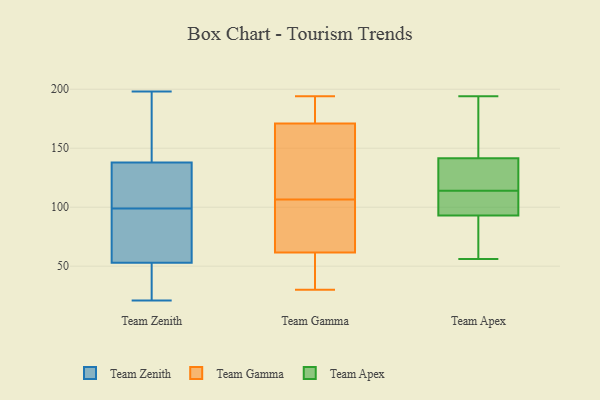
{"axis": {"x": "Bounce Rate (%)", "y": "Value"}, "legend": ["Team Apex", "Team Gamma", "Team Zenith"], "data": [{"x": "", "y": 112, "type": "Team Zenith"}, {"x": "", "y": 155, "type": "Team Zenith"}, {"x": "", "y": 198, "type": "Team Zenith"}, {"x": "", "y": 76, "type": "Team Zenith"}, {"x": "", "y": 121, "type": "Team Zenith"}, {"x": "", "y": 195, "type": "Team Zenith"}, {"x": "", "y": 175, "type": "Team Zenith"}, {"x": "", "y": 92, "type": "Team Zenith"}, {"x": "", "y": 56, "type": "Team Zenith"}, {"x": "", "y": 50, "type": "Team Zenith"}, {"x": "", "y": 103, "type": "Team Zenith"}, {"x": "", "y": 38, "type": "Team Zenith"}, {"x": "", "y": 43, "type": "Team Zenith"}, {"x": "", "y": 48, "type": "Team Zenith"}, {"x": "", "y": 110, "type": "Team Zenith"}, {"x": "", "y": 95, "type": "Team Zenith"}, {"x": "", "y": 156, "type": "Team Zenith"}, {"x": "", "y": 60, "type": "Team Zenith"}, {"x": "", "y": 21, "type": "Team Zenith"}, {"x": "", "y": 116, "type": "Team Zenith"}, {"x": "", "y": 92, "type": "Team Gamma"}, {"x": "", "y": 116, "type": "Team Gamma"}, {"x": "", "y": 167, "type": "Team Gamma"}, {"x": "", "y": 58, "type": "Team Gamma"}, {"x": "", "y": 160, "type": "Team Gamma"}, {"x": "", "y": 58, "type": "Team Gamma"}, {"x": "", "y": 80, "type": "Team Gamma"}, {"x": "", "y": 65, "type": "Team Gamma"}, {"x": "", "y": 176, "type": "Team Gamma"}, {"x": "", "y": 49, "type": "Team Gamma"}, {"x": "", "y": 124, "type": "Team Gamma"}, {"x": "", "y": 135, "type": "Team Gamma"}, {"x": "", "y": 175, "type": "Team Gamma"}, {"x": "", "y": 185, "type": "Team Gamma"}, {"x": "", "y": 53, "type": "Team Gamma"}, {"x": "", "y": 30, "type": "Team Gamma"}, {"x": "", "y": 194, "type": "Team Gamma"}, {"x": "", "y": 183, "type": "Team Gamma"}, {"x": "", "y": 97, "type": "Team Gamma"}, {"x": "", "y": 76, "type": "Team Gamma"}, {"x": "", "y": 92, "type": "Team Apex"}, {"x": "", "y": 56, "type": "Team Apex"}, {"x": "", "y": 144, "type": "Team Apex"}, {"x": "", "y": 114, "type": "Team Apex"}, {"x": "", "y": 68, "type": "Team Apex"}, {"x": "", "y": 174, "type": "Team Apex"}, {"x": "", "y": 96, "type": "Team Apex"}, {"x": "", "y": 99, "type": "Team Apex"}, {"x": "", "y": 123, "type": "Team Apex"}, {"x": "", "y": 194, "type": "Team Apex"}, {"x": "", "y": 134, "type": "Team Apex"}]}